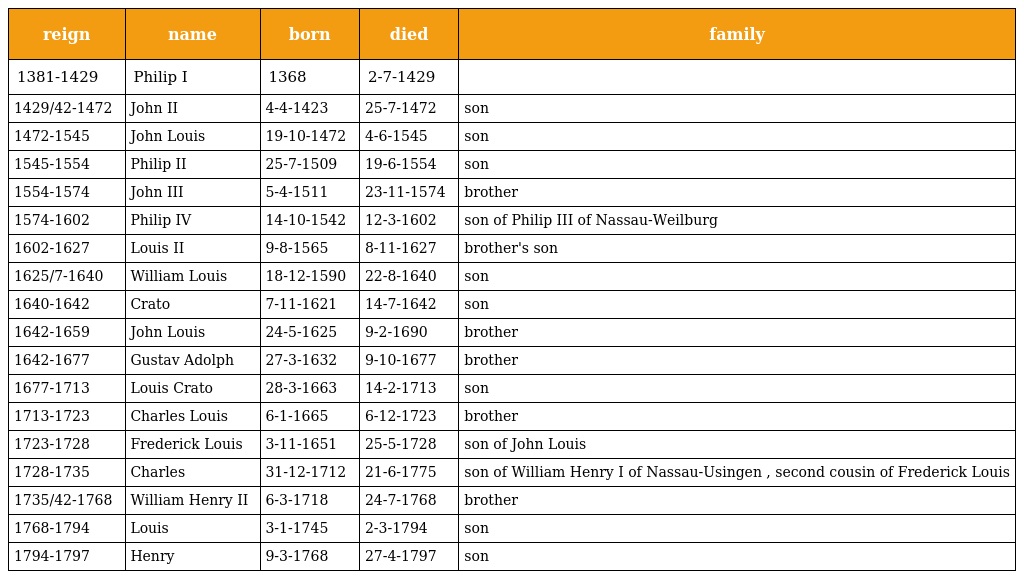
| reign | name | born | died | family |
 | --- | --- | --- | --- | --- |
 | 1381-1429 | Philip I | 1368 | 2-7-1429 |  |
 | 1429/42-1472 | John II | 4-4-1423 | 25-7-1472 | son |
 | 1472-1545 | John Louis | 19-10-1472 | 4-6-1545 | son |
 | 1545-1554 | Philip II | 25-7-1509 | 19-6-1554 | son |
 | 1554-1574 | John III | 5-4-1511 | 23-11-1574 | brother |
 | 1574-1602 | Philip IV | 14-10-1542 | 12-3-1602 | son of Philip III of Nassau-Weilburg |
 | 1602-1627 | Louis II | 9-8-1565 | 8-11-1627 | brother's son |
 | 1625/7-1640 | William Louis | 18-12-1590 | 22-8-1640 | son |
 | 1640-1642 | Crato | 7-11-1621 | 14-7-1642 | son |
 | 1642-1659 | John Louis | 24-5-1625 | 9-2-1690 | brother |
 | 1642-1677 | Gustav Adolph | 27-3-1632 | 9-10-1677 | brother |
 | 1677-1713 | Louis Crato | 28-3-1663 | 14-2-1713 | son |
 | 1713-1723 | Charles Louis | 6-1-1665 | 6-12-1723 | brother |
 | 1723-1728 | Frederick Louis | 3-11-1651 | 25-5-1728 | son of John Louis |
 | 1728-1735 | Charles | 31-12-1712 | 21-6-1775 | son of William Henry I of Nassau-Usingen , second cousin of Frederick Louis |
 | 1735/42-1768 | William Henry II | 6-3-1718 | 24-7-1768 | brother |
 | 1768-1794 | Louis | 3-1-1745 | 2-3-1794 | son |
 | 1794-1797 | Henry | 9-3-1768 | 27-4-1797 | son |